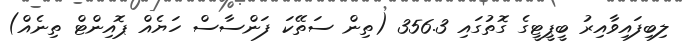
ލިބިފައިވާއިރު ބީޕީޓީގެ ގޮތުގައި 356.3 (ތިން ސަތޭކަ ފަންސާސް ހަޔެއް ޕޮއިންޓް ތިނެއް)